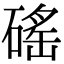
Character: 磘